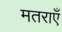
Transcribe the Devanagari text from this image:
मतराएँ